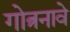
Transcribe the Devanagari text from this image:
गोत्रनावे